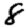
Digit: 8